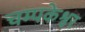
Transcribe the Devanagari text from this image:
चम्पकेश्वर